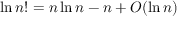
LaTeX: \ln n ! = n \ln n - n + O ( \ln n )